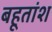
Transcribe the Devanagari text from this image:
बहूतांश